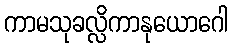
ကာမသုခလ္လိကာနုယောဂေါ